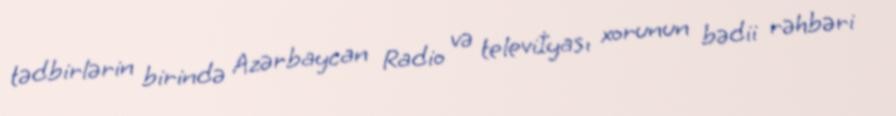
tədbirlərin birində Azərbaycan Radio və televiİyası xorunun bədii rəhbəri